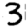
Digit: 3